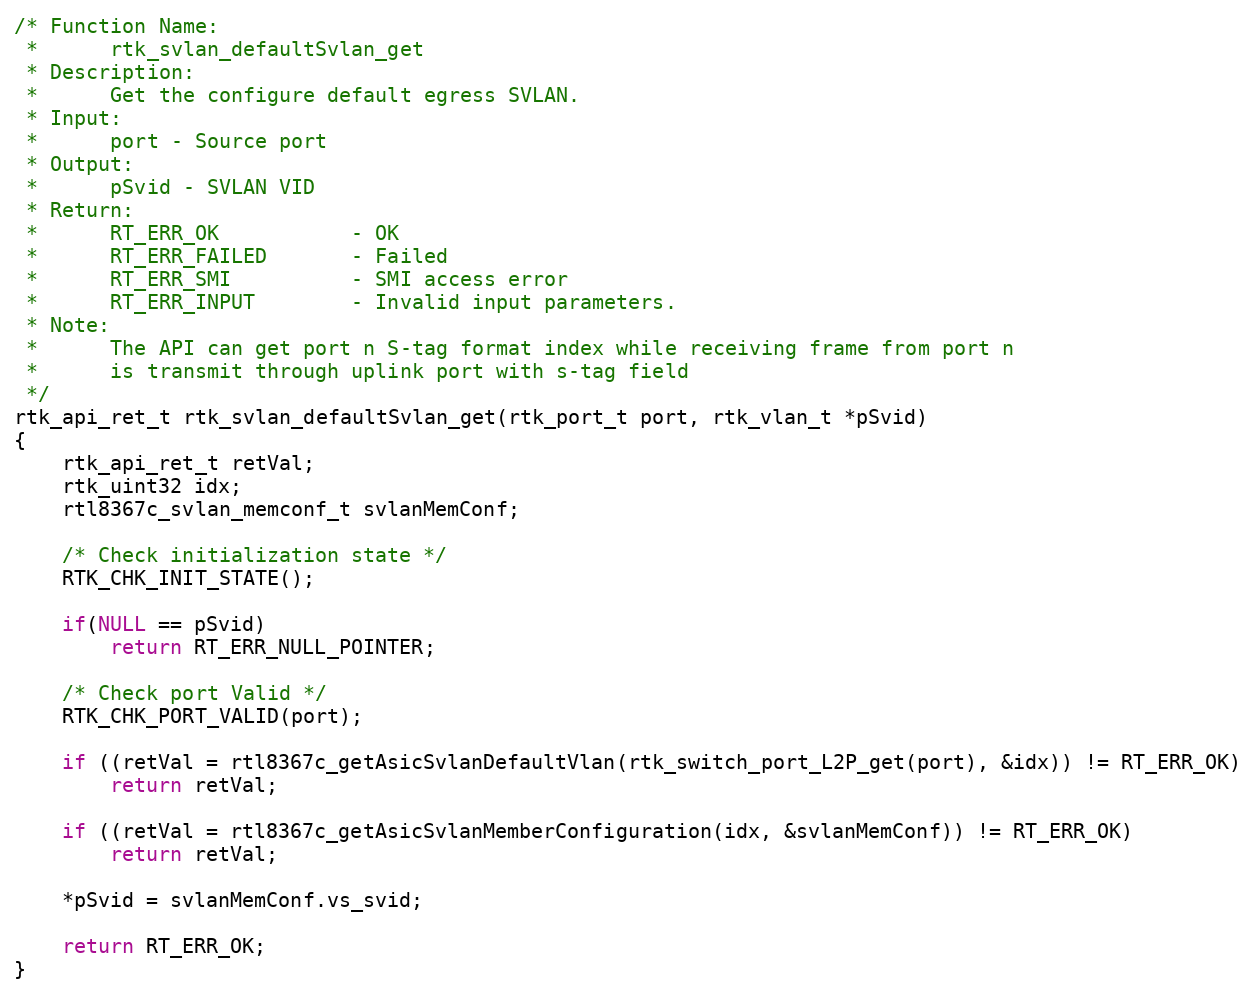
Language: C
/* Function Name:
 *      rtk_svlan_defaultSvlan_get
 * Description:
 *      Get the configure default egress SVLAN.
 * Input:
 *      port - Source port
 * Output:
 *      pSvid - SVLAN VID
 * Return:
 *      RT_ERR_OK           - OK
 *      RT_ERR_FAILED       - Failed
 *      RT_ERR_SMI          - SMI access error
 *      RT_ERR_INPUT        - Invalid input parameters.
 * Note:
 *      The API can get port n S-tag format index while receiving frame from port n
 *      is transmit through uplink port with s-tag field
 */
rtk_api_ret_t rtk_svlan_defaultSvlan_get(rtk_port_t port, rtk_vlan_t *pSvid)
{
    rtk_api_ret_t retVal;
    rtk_uint32 idx;
    rtl8367c_svlan_memconf_t svlanMemConf;

    /* Check initialization state */
    RTK_CHK_INIT_STATE();

    if(NULL == pSvid)
        return RT_ERR_NULL_POINTER;

    /* Check port Valid */
    RTK_CHK_PORT_VALID(port);

    if ((retVal = rtl8367c_getAsicSvlanDefaultVlan(rtk_switch_port_L2P_get(port), &idx)) != RT_ERR_OK)
        return retVal;

    if ((retVal = rtl8367c_getAsicSvlanMemberConfiguration(idx, &svlanMemConf)) != RT_ERR_OK)
        return retVal;

    *pSvid = svlanMemConf.vs_svid;

    return RT_ERR_OK;
}